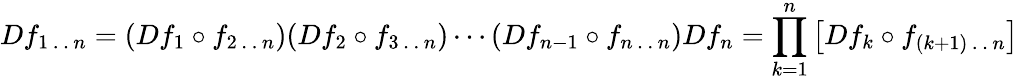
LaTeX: Df_{1\, .\, .\, n}=(Df_{1}\circ f_{2\, .\, .\, n})(Df_{2}\circ f_{3\, .\, .\, n})\cdots(Df_{n-1}\circ f_{n\, .\, .\, n})Df_{n}=\prod_{k=1}^{n}\left[Df_{k}\circ f_{(k+1)\, .\, .\, n}\right]